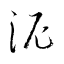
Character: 泥